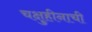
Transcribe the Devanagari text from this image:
चक्षुहीनाची